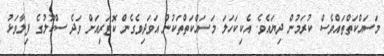
މަސައްކަތްތައްވެސް ކުރަމުން ދިޔައެވެ. އެކިކަހަލަ މަސައްކަތްތަކުން އަވަދިވެގެން ކޮޓަރިއަށް ވަދެ ސްކޫލުގެ ފިލާވަޅު